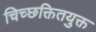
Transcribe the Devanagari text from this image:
चिच्छक्तितयुक्त